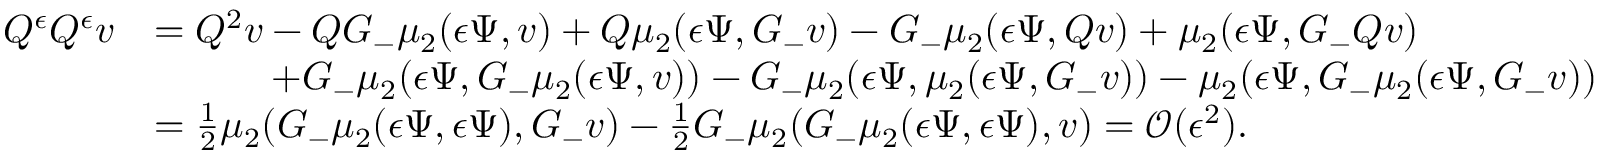
\begin{array} { r l } { Q ^ { \epsilon } Q ^ { \epsilon } v } & { = Q ^ { 2 } v - Q G _ { - } \mu _ { 2 } ( { \epsilon } \Psi , v ) + Q \mu _ { 2 } ( { \epsilon } \Psi , G _ { - } v ) - G _ { - } \mu _ { 2 } ( { \epsilon } \Psi , Q v ) + \mu _ { 2 } ( { \epsilon } \Psi , G _ { - } Q v ) } \\ & { \quad \qquad + G _ { - } \mu _ { 2 } ( { \epsilon } \Psi , G _ { - } \mu _ { 2 } ( { \epsilon } \Psi , v ) ) - G _ { - } \mu _ { 2 } ( { \epsilon } \Psi , \mu _ { 2 } ( { \epsilon } \Psi , G _ { - } v ) ) - \mu _ { 2 } ( { \epsilon } \Psi , G _ { - } \mu _ { 2 } ( { \epsilon } \Psi , G _ { - } v ) ) } \\ & { = \frac 1 2 \mu _ { 2 } ( G _ { - } \mu _ { 2 } ( { \epsilon } \Psi , { \epsilon } \Psi ) , G _ { - } v ) - \frac 1 2 G _ { - } \mu _ { 2 } ( G _ { - } \mu _ { 2 } ( { \epsilon } \Psi , { \epsilon } \Psi ) , v ) = \mathcal { O } ( { \epsilon } ^ { 2 } ) . } \end{array}